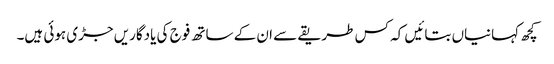
کچھ کہانیاں بتائیں کہ کس طریقے سے ان کے ساتھ فوج کی یادگاریں جڑی ہوئی ہیں۔